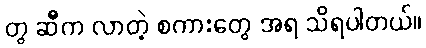
တွ ဆီက လာတဲ့ စကားတွေ အရ သိရပါတယ်။